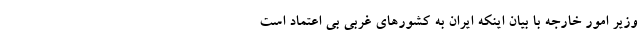
وزیر امور خارجه با بیان اینکه ایران به کشورهای غربی بی اعتماد است